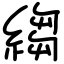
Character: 縐